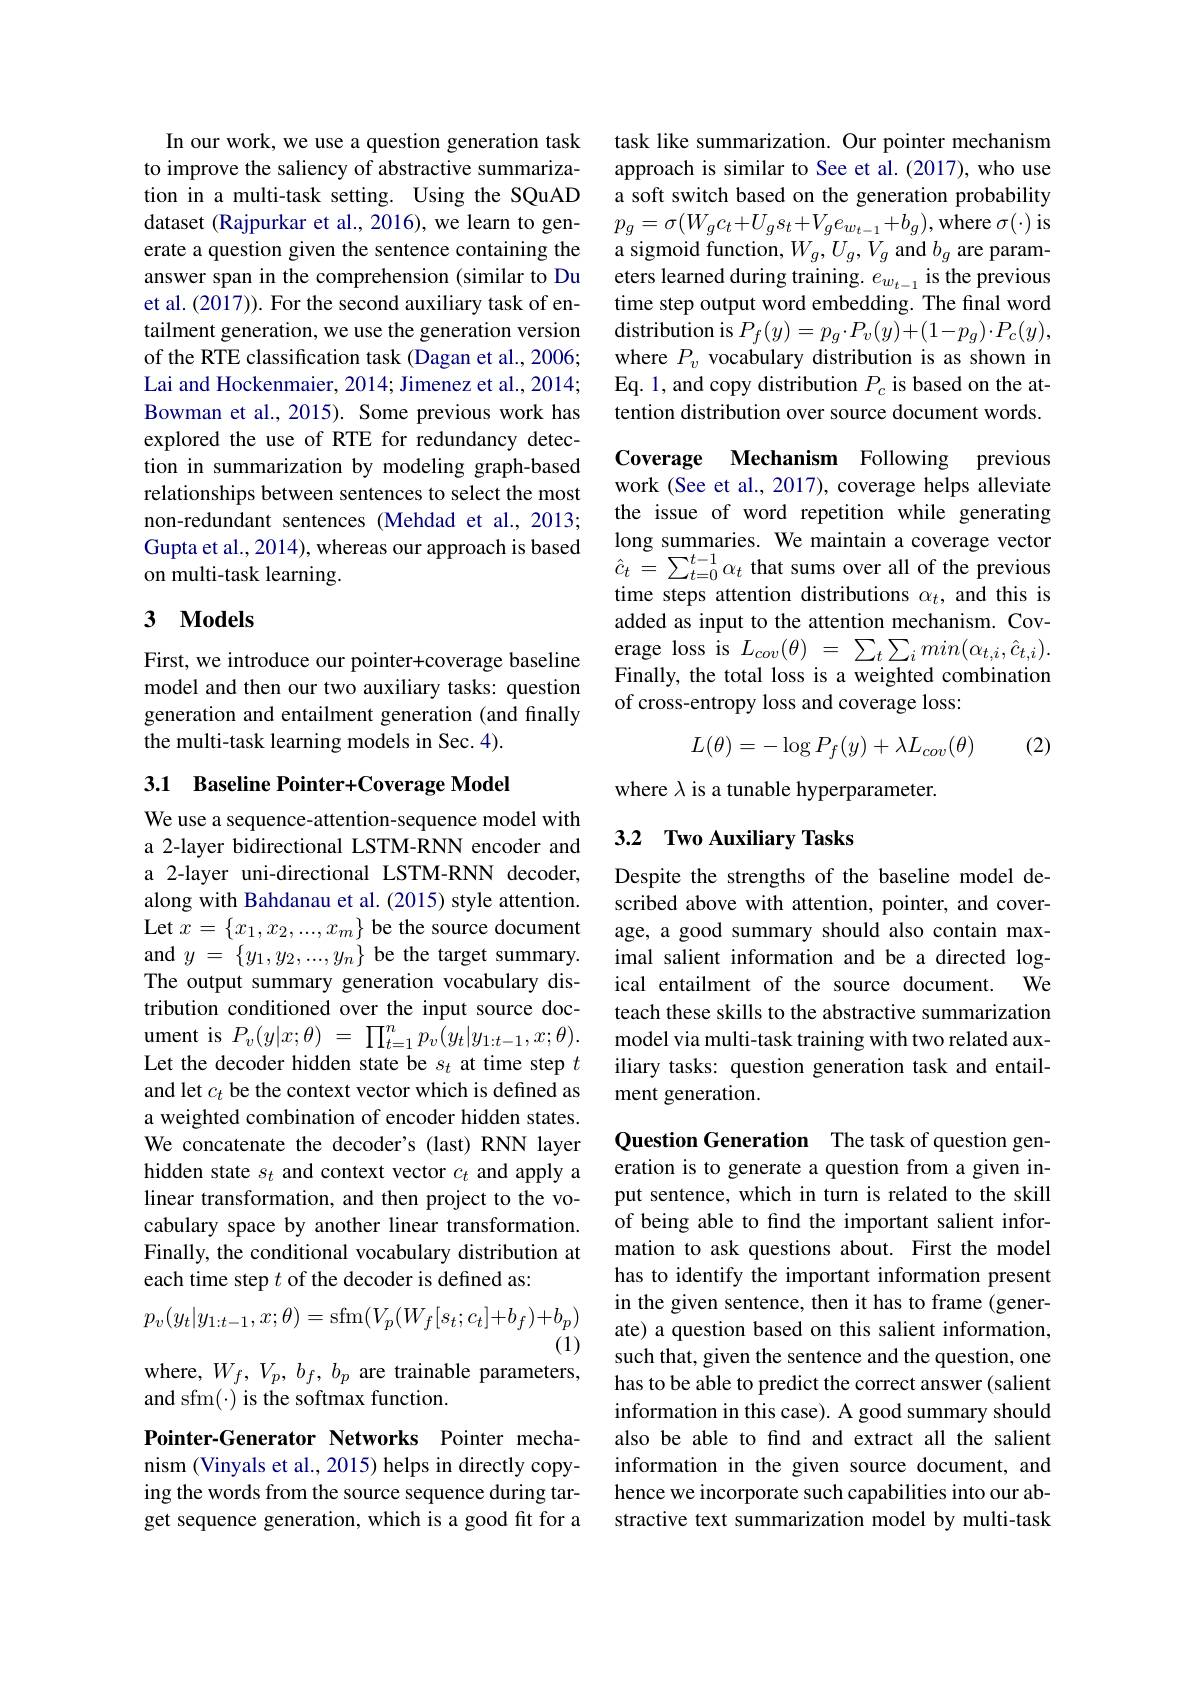
In our work, we use a question generation task to improve the saliency of abstractive summarization in a multi-task setting. Using the SQuAD dataset (Rajpurkar et al., 2016), we learn to generate a question given the sentence containing the answer span in the comprehension (similar to Du et al. (2017)). For the second auxiliary task of entailment generation, we use the generation version of the RTE classification task (Dagan et al., 2006; Lai and Hockenmaier, 2014; Jimenez et al., 2014; Bowman et al.,2015). Some previous work has explored the use of RTE for redundancy detection in summarization by modeling graph-based relationships between sentences to select the most non-redundant sentences (Mehdad et al., 2013; Gupta et al. , 2014) , whereas our approach is basedlong summaries. We maintain a coverage vector on multi- task learning. $\hat{c} _t= \sum _{t= 0}^{t- 1}\alpha _t$ that sums over all of the previous time steps attention distributions $\alpha _t.$and this is

### 3 $\mathbf{Models}$

First, we introduce our pointer+coverage baseline model and then our two auxiliary tasks: question generation and entailment generation (and finally the multi-task learning models in Sec. 4).

## 3.1 Baseline Pointer+Coverage Model

We use a sequence-attention-sequence model with a 2-layer bidirectional LSTM-RNN encoder and a 2-layer uni-directional LSTM-RNN decoder, along with Bahdanau et al. (2015) style attention. Let $x=\{x_1,x_2,...,x_m\}$ be the source document and$y=\{y_1,y_2,...,y_n\}$be the target summary. The output summary generation vocabulary distribution conditioned over the input source document is $P_v( y| x; \theta )$ = $\prod _{t= 1}^{n}p_v( y_t| y_{1: t- 1}, x; \theta ) .$ Let the decoder hidden state be $s_t$ at time step $t$ and let $c_t$ be the context vector which is defined as a weighted combination of encoder hidden states. We concatenate the decoder's (last) RNN layer hidden state $s_t$ and context vector $c_t$ and apply a linear transformation, and then project to the vocabulary space by another linear transformation. Finally, the conditional vocabulary distribution at each time step $t$ of the decoder is defined as:
$$p_{v}(y_{t}|y_{1:t-1},x;\theta)=\mathrm{sfm}(V_{p}(W_{f}[s_{t};c_{t}]+b_{f})+b_{p})$$
(1)

where, $W_{f},V_{p},b_{f},b_{p}$ are trainable parameters,

and sfm(\cdot) is the softmax function.

Pointer-Generator Networks Pointer mechanism (Vinyals et al., 2015) helps in directly copying the words from the source sequence during target sequence generation, which is a good fit for a

task like summarization. Our pointer mechanism approach is similar to See et al. (2017), who use a soft switch based on the generation probability $p_{g}=\sigma(W_{g}c_{t}+U_{g}s_{t}+V_{g}e_{w_{t-1}}+b_{g})$,where$\sigma(\cdot)$is a sigmoid function, $W_g,U_g,V_g$ and $b_g$ are parameters learned during training. $e_w_{t-1}$ is the previous time step output word embedding. The final word $\mathop{\mathrm{distribution~is~}}P_{f}(y)=p_{g}\cdot P_{v}(y)+(1-p_{g})\cdot P_{c}(y)$, where $P_v$ vocabulary distribution is as shown in Eq. 1, and copy distribution $P_c$ is based on the attention distribution over source document words.

Coverage Mechanism Following previous

work (See et al., 2017), coverage helps alleviate the issue of word repetition while generating time steps attention distributions $\alpha_t$, and this is added as input to the attention mechanism. Coverage loss is $L_cov(\theta)~=~\sum_{t}\sum_{i}min(\alpha_{t,i},\hat{c}_{t,i}).$ Finally, the total loss is a weighted combination of cross-entropy loss and coverage loss:

(2)
$$L(\theta)=-\log P_f(y)+\lambda L_{cov}(\theta)$$
where $\lambda$ is a tunable hyperparameter.

## 3.2 Two Auxiliary Tasks

Despite the strengths of the baseline model described above with attention, pointer, and coverage, a good summary should also contain maximal salient information and be a directed logical entailment of the source document. We teach these skills to the abstractive summarization model via multi-task training with two related auxiliary tasks: question generation task and entailment generation.

Question Generation The task of question generation is to generate a question from a given input sentence, which in turn is related to the skill of being able to find the important salient information to ask questions about. First the model has to identify the important information present in the given sentence, then it has to frame (generate) a question based on this salient information, such that, given the sentence and the question, one has to be able to predict the correct answer (salient information in this case). A good summary should also be able to find and extract all the salient information in the given source document, and hence we incorporate such capabilities into our abstractive text summarization model by multi-task